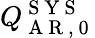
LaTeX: Q_{\mathrm{~A~R~,~0~}}^{\mathrm{~S~Y~S~}}